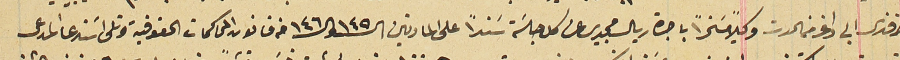
افندى ابى داغر من الحدت وكيلاً مسَخراً باجرة ريال مجيدى عن كل جلسَة سَنداً على المادتين الـ ١٤٥و الـ ١٤٦ من قانون المحاكمات الحقوقية وتلى أسَتدعا المدعى